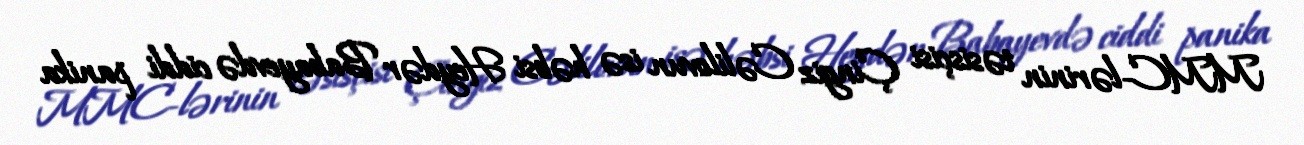
MMC-lərinin təsisçisi Çingiz Cəlilovun isə həbsi Heydər Babayevdə ciddi panika